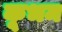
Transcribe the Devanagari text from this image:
कूभम